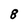
Character: 8